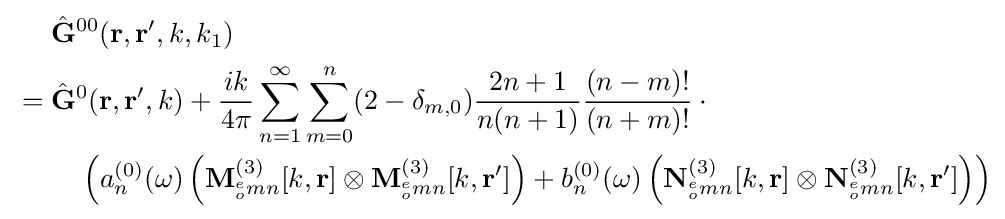
{\begin{aligned}&{\hat {\bf {G}}}^{00}({\mathbf {r} ,\mathbf {r} ',k,k_{1}})\\{}={}&{\hat {\bf {G}}}^{0}({\mathbf {r} ,\mathbf {r} ',k})+{\frac {ik}{4\pi }}\sum _{n=1}^{\infty }\sum _{m=0}^{n}(2-\delta _{m,0}){\frac {2n+1}{n(n+1)}}{\frac {(n-m)!}{(n+m)!}}\cdot {}\\&\quad \left(a_{n}^{(0)}(\omega )\left(\mathbf {M} _{^{e}_{o}mn}^{(3)}[k,\mathbf {r} ]\otimes {\mathbf {M} }_{^{e}_{o}mn}^{(3)}[k,\mathbf {r} ']\right)+b_{n}^{(0)}(\omega )\left({\mathbf {N} }_{^{e}_{o}mn}^{(3)}[k,\mathbf {r} ]\otimes {\mathbf {N} }_{^{e}_{o}mn}^{(3)}[k,\mathbf {r} ']\right)\right)\end{aligned}}